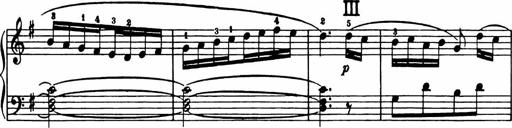
Title: Analytical Sonatinas
Composer: Frank Lynes